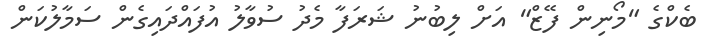
ބެކްގެ "މޯނިން ފޭޒް" އަށް ލިބުނު ޝަރަފާ މެދު ސުވާލު އުފައްދައިގެން ސަމާލުކަން